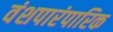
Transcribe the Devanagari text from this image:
वंशपारंपारिक